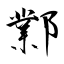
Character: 鄴